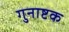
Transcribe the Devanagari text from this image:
गुनाष्टक